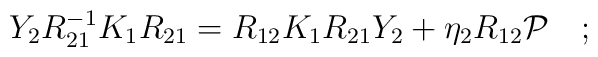
Y_{2} R_{21}^{-1} K_{1} R_{21} = R_{12} K_{1} R_{21} Y_{2} + \eta_{2}R_{12}{\cal P}\quad; \\